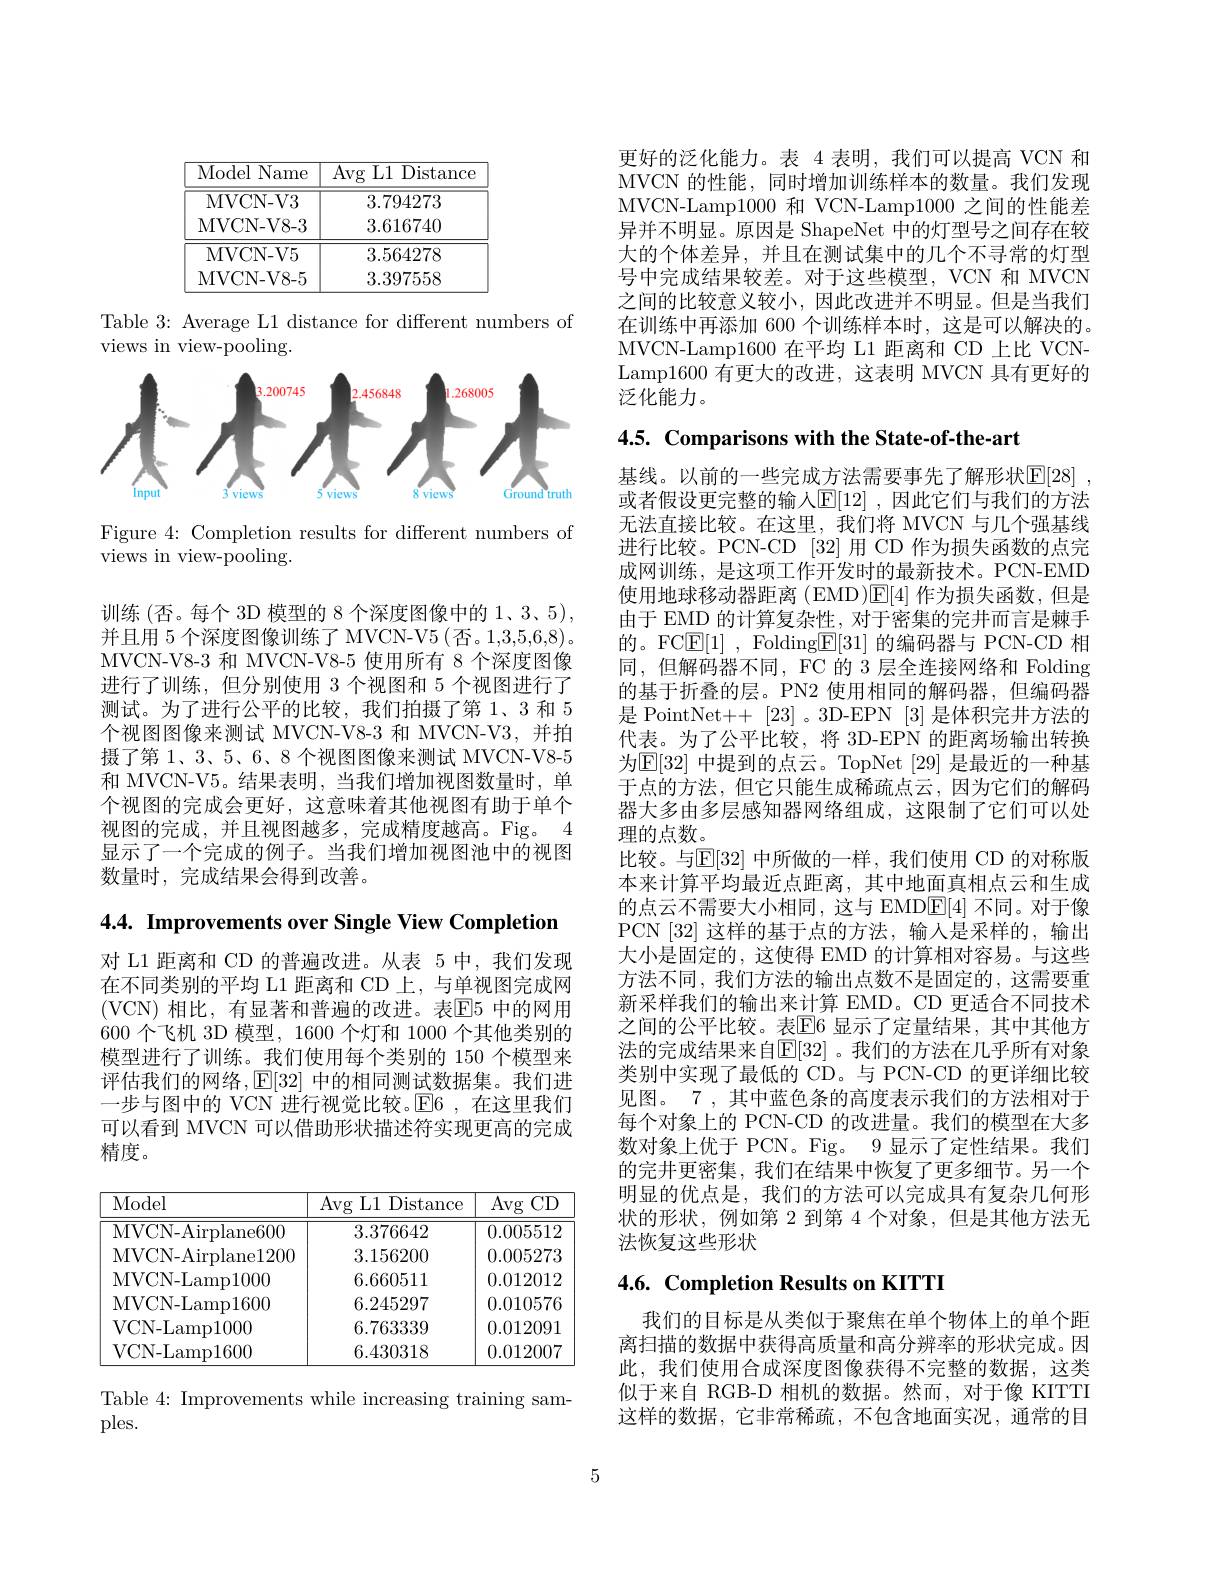
<table>
	<tbody>
		<tr>
			<th>Model Name </th>
			<th>Avg L1 Distance</th>
		</tr>
		<tr>
			<td>MVCN- V3</td>
			<td>3.794273</td>
		</tr>
		<tr>
			<td>MVCN- V8- 3</td>
			<td>3.616740</td>
		</tr>
		<tr>
			<td>MVCN- V5</td>
			<td>3.564278</td>
		</tr>
		<tr>
			<td>MVCN- V8- 5</td>
			<td>3.397558</td>
		</tr>
	</tbody>
</table>

Table 3: Average L1 distance for different numbers of
views in view-pooling.

<FigureHere>

Figure 4: Completion results for different numbers of
views in view-pooling.

训练(否。每个 3D 模型的 8 个深度图像中的 1、3、5), 并且用 5 个深度图像训练了 MVCN-V5 (否。1,3,5,6,8)。MVCN-V8-3 和 MVCN-V8-5 使用所有 8 个深度图像进行了训练，但分别使用 3 个视图和 5 个视图进行了测试。为了进行公平的比较，我们拍摄了第 1、3 和 5个视图图像来测试 MVCN-V8-3 和 MVCN-V3,并拍摄了第 1、3、5、6、8 个视图图像来测试 MVCN-V8-5和 MVCN-V5。结果表明，当我们增加视图数量时，单个视图的完成会更好，这意味着其他视图有助于单个视图的完成，并且视图越多，完成精度越高。Fig。4显示了一个完成的例子。当我们增加视图池中的视图数量时，完成结果会得到改善。

4.4. Improvements over Single View Completion

对 L1 距离和 CD 的普遍改进。从表 5 中，我们发现在不同类别的平均 L1 距离和 CD 上，与单视图完成网(VCN)相比，有显著和普遍的改进。表E5 中的网用600 个飞机 3D 模型，1600 个灯和 1000 个其他类别的模型进行了训练。我们使用每个类别的 150 个模型来评估我们的网络，$\operatorname{E}[32]$中的相同测试数据集。我们进一步与图中的 VCN 进行视觉比较。$\operatorname{E}$6 ,在这里我们可以看到 MVCN 可以借助形状描述符实现更高的完成精度。

<table>
	<tbody>
		<tr>
			<th>Model</th>
			<th>Avg $\stackrel{r}{5}$L1 Distance</th>
			<th>Avg CD</th>
		</tr>
		<tr>
			<td>MVCN- Airplane600</td>
			<td>3.376642</td>
			<td>0.005512</td>
		</tr>
		<tr>
			<td>MVCN- Airplane1200</td>
			<td>3.156200</td>
			<td>0.005273</td>
		</tr>
		<tr>
			<td>MVCN- Lamp1000</td>
			<td>6.660511</td>
			<td>0.012012</td>
		</tr>
		<tr>
			<td>MVCN-Lamp1600</td>
			<td>6.245297</td>
			<td>0.010576</td>
		</tr>
		<tr>
			<td>VCN-Lamp1000</td>
			<td>6.763339</td>
			<td>0.012091</td>
		</tr>
		<tr>
			<td>VCN-Lamp1600</td>
			<td>6.430318</td>
			<td>0.012007</td>
		</tr>
	</tbody>
</table>

Table 4: Improvements while increasing training sam-
ples.

更好的泛化能力。表 4 表明，我们可以提高 VCN 和MVCN 的性能，同时增加训练样本的数量。我们发现MVCN-Lamp1000 和 VCN-Lamp1000 之间的性能差异并不明显。原因是 ShapeNet 中的灯型号之间存在较大的个体差异，并且在测试集中的几个不寻常的灯型号中完成结果较差。对于这些模型，VCN 和 MVCN 之间的比较意义较小，因此改进并不明显。但是当我们在训练中再添加 600 个训练样本时，这是可以解决的。MVCN-Lamp1600 在平均 L1 距离和 CD 上比 VCNLamp1600 有更大的改进，这表明 MVCN 具有更好的泛化能力。

4.5. Comparisons with the State-of-the-art

基线。以前的一些完成方法需要事先了解形状$\mathbb{E} [ 28]$ , 或者假设更完整的输人$\mathbb{E}[12]$ ,因此它们与我们的方法无法直接比较。在这里，我们将 MVCN 与几个强基线进行比较。PCN-CD [32] 用 CD 作为损失函数的点完成网训练，是这项工作开发时的最新技术。PCN-EMD 使用地球移动器距离(EMD)$\mathbb{E}[4]$作为损失函数，但是由于 EMD 的计算复杂性，对于密集的完井而言是棘手的。FC$\boxed{\mathrm{F} }[ 1]$ , Folding$\boxed{\mathrm{F}}[31]$的编码器与 PCN-CD 相同，但解码器不同，FC 的 3 层全连接网络和 Folding 的基于折叠的层。PN2 使用相同的解码器，但编码器是 PointNet++ [23] 。3D-EPN [3] 是体积完井方法的代表。为了公平比较，将 3D-EPN 的距离场输出转换为$\operatorname{E}[32]$ 中提到的点云。TopNet [29] 是最近的一种基于点的方法，但它只能生成稀疏点云，因为它们的解码器大多由多层感知器网络组成，这限制了它们可以处理的点数。
比较。与$\overline{\mathbb{E}}[32]$ 中所做的一样，我们使用 CD 的对称版本来计算平均最近点距离，其中地面真相点云和生成的点云不需要大小相同，这与 EMD$\underline{\mathrm{E}}[4]$不同。对于像PCN [32]这样的基于点的方法，输入是采样的，输出大小是固定的，这使得 EMD 的计算相对容易。与这些方法不同，我们方法的输出点数不是固定的，这需要重新采样我们的输出来计算 EMD。CD 更适合不同技术之间的公平比较。表$\overline{\mathrm{E}}$6 显示了定量结果，其中其他方法的完成结果来自$\mathbb{E}[32]$ 。我们的方法在几乎所有对象类别中实现了最低的 CD。与 PCN-CD 的更详细比较见图。7 , 其中蓝色条的高度表示我们的方法相对于每个对象上的 PCN-CD 的改进量。我们的模型在大多数对象上优于 PCN。Fig。9 显示了定性结果。我们的完井更密集，我们在结果中恢复了更多细节。另一个明显的优点是，我们的方法可以完成具有复杂几何形状的形状，例如第 2 到第 4 个对象，但是其他方法无法恢复这些形状

# 4.6. Completion Results on KITTI

我们的目标是从类似于聚焦在单个物体上的单个距离扫描的数据中获得高质量和高分辨率的形状完成。因此，我们使用合成深度图像获得不完整的数据，这类似于来自 RGB-D 相机的数据。然而，对于像 KITTI 这样的数据，它非常稀疏，不包含地面实况，通常的目

5